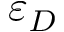
\varepsilon _ { D }